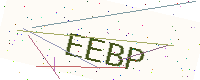
Text: EEBP